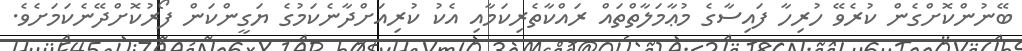
ބޭނުންކޮށްގެން ކުރެވޭ ހުރިހާ ފައިސާގެ މުޢާމަލާތްތައް ރައްކާތެރިކަމާއި އެކު ކުރިއަށްދާނެކަމުގެ ޔަގީންކަން ފޯރުކޮށްދޭނެކަމަށެވެ.